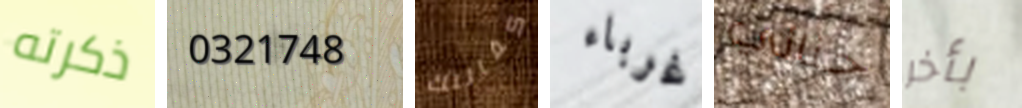
ذكرته 0321748 كفالتك غرباء جنائي بأخر